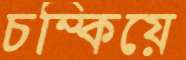
চম্‌কিয়ে